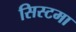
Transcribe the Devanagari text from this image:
सिस्टमा